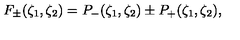
F _ { \pm } ( \zeta _ { 1 } , \zeta _ { 2 } ) = P _ { - } ( \zeta _ { 1 } , \zeta _ { 2 } ) \pm P _ { + } ( \zeta _ { 1 } , \zeta _ { 2 } ) ,